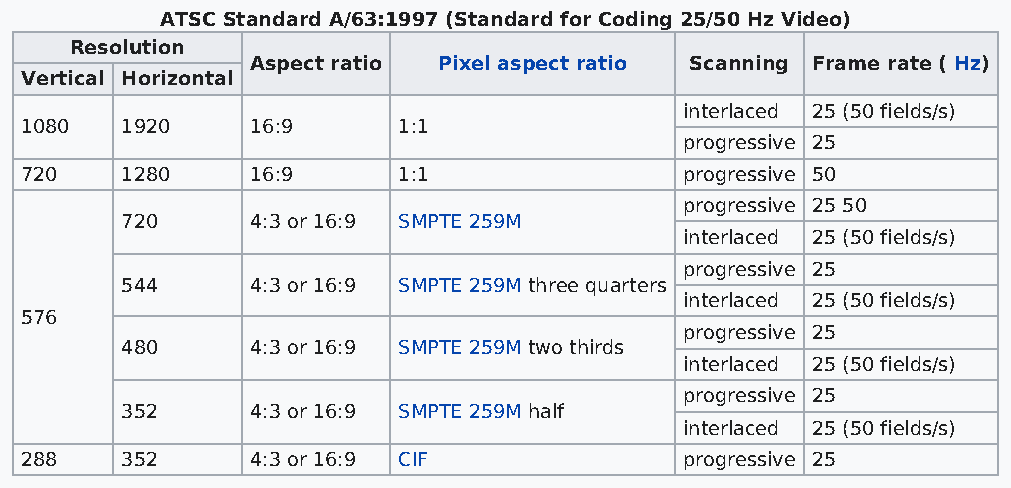
ATSC Standard A/63:1997 (Standard for Coding 25/50 Hz Video)
 Resolution
 Aspect ratio Pixel aspect ratio Scanning Frame rate ( Hz)
 Vertical Horizontal
 interlaced 25 (50 fields/s)
 1080   1920     16:9     1:1
 progressive 25
 720    1280     16:9     1:1                progressive 50
 progressive 25 50
 720      4:3 or 16:9 SMPTE 259M
 interlaced 25 (50 fields/s)
 progressive 25
 544      4:3 or 16:9 SMPTE 259M three quarters
 interlaced 25 (50 fields/s)
 576
 progressive 25
 480      4:3 or 16:9 SMPTE 259M two thirds
 interlaced 25 (50 fields/s)
 progressive 25
 352      4:3 or 16:9 SMPTE 259M half
 interlaced 25 (50 fields/s)
 288    352      4:3 or 16:9 CIF             progressive 25